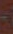
-